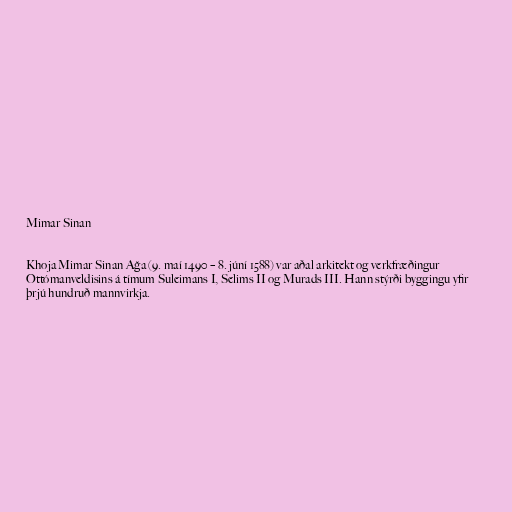
Mimar Sinan

Khoja Mimar Sinan Ağa (9. maí 1490 – 8. júní 1588) var aðal arkitekt og verkfræðingur
Ottómanveldisins á tímum Suleimans I, Selims II og Murads III. Hann stýrði byggingu yfir
þrjú hundruð mannvirkja.